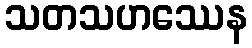
သတသဟဿေန